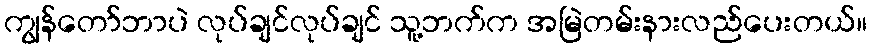
ကျွန်တော်ဘာပဲ လုပ်ချင်လုပ်ချင် သူ့ဘက်က အမြဲတမ်းနားလည်ပေးတယ်။